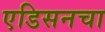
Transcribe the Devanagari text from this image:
एडिसनचा